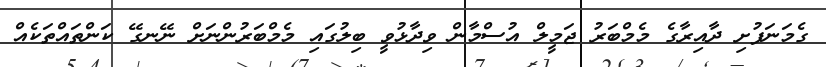
ގެމަނަފުށި ދާއިރާގެ މެމްބަރު ޖަމީލް އުސްމާން ވިދާޅުވީ ބިލުގައި މެމްބަރުންނަށް ނޭނގޭ ކަންތައްތަކެއް